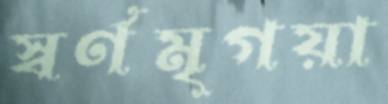
স্বর্ণমৃগয়া